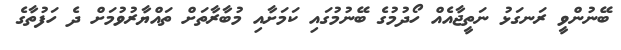
ބޭނުންވީ ރަނގަޅު ނަތީޖާއެއް ހޯދުމުގެ ބޭނުމުގައި ކަމަށާއި މުބާރާތަށް ތައްޔާރުވުމަށް ދެ ހަފުތާގެ